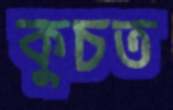
কুচত